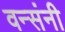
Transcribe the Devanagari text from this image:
वन्संनी